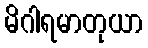
မိဂါရမာတုယာ